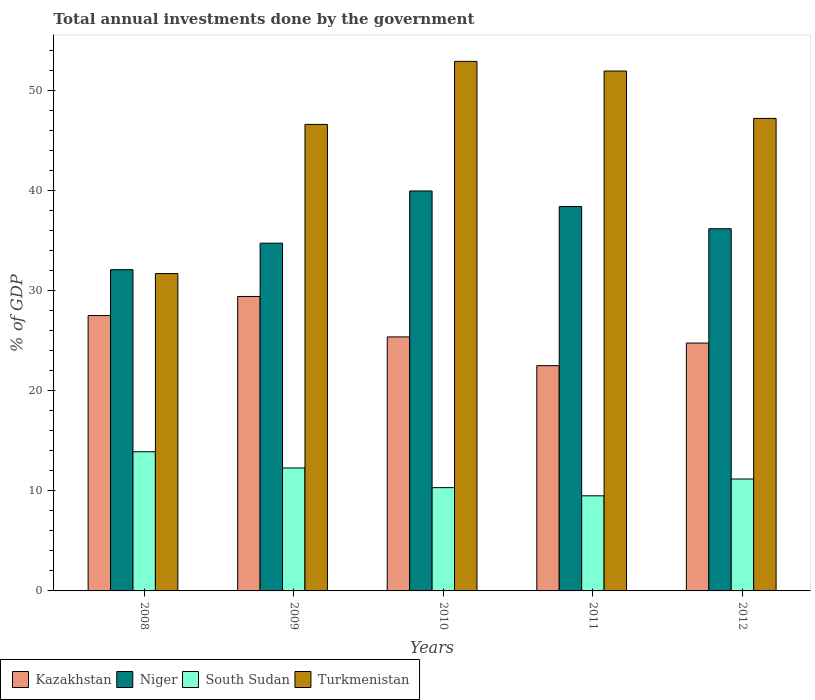
| Years | Kazakhstan | Niger | South Sudan | Turkmenistan |
 | --- | --- | --- | --- | --- |
 | 2008 | 27.5 | 32.1 | 13.9 | 31.7 |
 | 2009 | 29.4 | 34.7 | 12.3 | 46.6 |
 | 2010 | 25.4 | 40 | 10.3 | 52.9 |
 | 2011 | 22.5 | 38.4 | 9.5 | 51.9 |
 | 2012 | 24.8 | 36.2 | 11.2 | 47.2 |